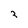
Character: 3